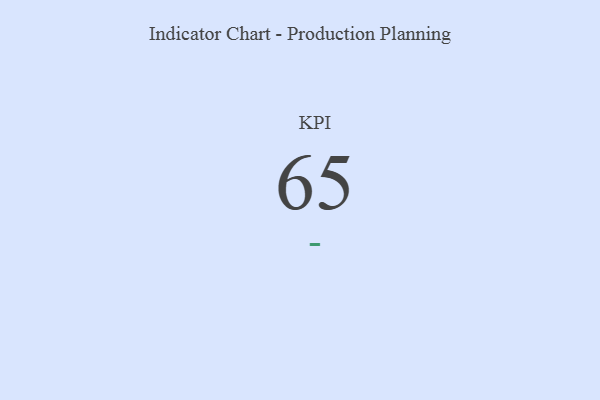
{"axis": {"x": "KPI", "y": "Value"}, "legend": [""], "data": [{"x": "KPI", "y": 65, "type": ""}]}